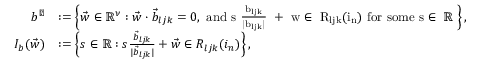
\begin{array} { r l } { b ^ { \perp } } & { : = \left\{ \vec { w } \in \mathbb { R } ^ { \nu } : \vec { w } \cdot \vec { b } _ { l j k } = 0 , \mathrm { ~ a n d ~ s ~ \frac { \vec { b } _ { l j k } } { | \vec { b } _ { l j k } | } ~ + ~ \vec { w } \in ~ R _ { l j k } ( i _ n ) ~ f o r ~ s o m e ~ s \in ~ \mathbb { R } ~ } \right\} , } \\ { I _ { b } ( \vec { w } ) } & { : = \left\{ s \in \mathbb { R } : s \frac { \vec { b } _ { l j k } } { | \vec { b } _ { l j k } | } + \vec { w } \in R _ { l j k } ( i _ { n } ) \right\} , } \end{array}